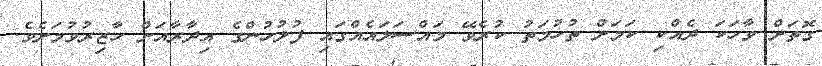
ގޮތަށް ވާހަކަ ދެއްކި ކަމަށް ތުހުމަތު ކުރެވޭ މައްސަލައެއްގައި ފުލުހުންގެ އިދާރާއަށް ހާޒިރުވުމަށެވެ.